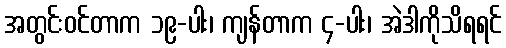
အတွင်းဝင်တာက ၁၉-ပါး၊ ကျန်တာက ၄-ပါး၊ အဲဒါကိုသိရရင်